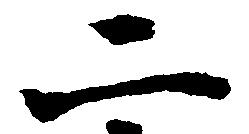
二